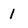
Character: 1